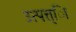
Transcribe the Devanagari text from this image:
उत्पत्त्िा